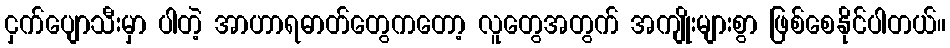
ငှက်ပျောသီးမှာ ပါတဲ့ အာဟာရဓာတ်တွေကတော့ လူတွေအတွက် အကျိုးများစွာ ဖြစ်စေနိုင်ပါတယ်။